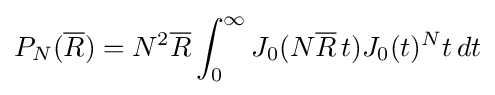
P_{N}({\overline {R}})=N^{2}{\overline {R}}\int _{0}^{\infty }J_{0}(N{\overline {R}}\,t)J_{0}(t)^{N}t\,dt